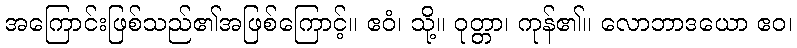
အကြောင်းဖြစ်သည်၏အဖြစ်ကြောင့်။ ဧဝံ၊ သို့။ ဝုတ္တာ၊ ကုန်၏။ လောဘာဒယော ဧဝ၊